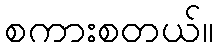
စကားစတယ်။